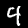
Digit: 4